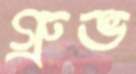
গ্রুভ